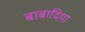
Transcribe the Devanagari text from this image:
बाबादिया